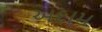
અદામ